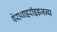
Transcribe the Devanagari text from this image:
पेराथाइरॉइडजन्य